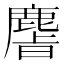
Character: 𫜎